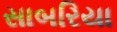
સાબરિયા